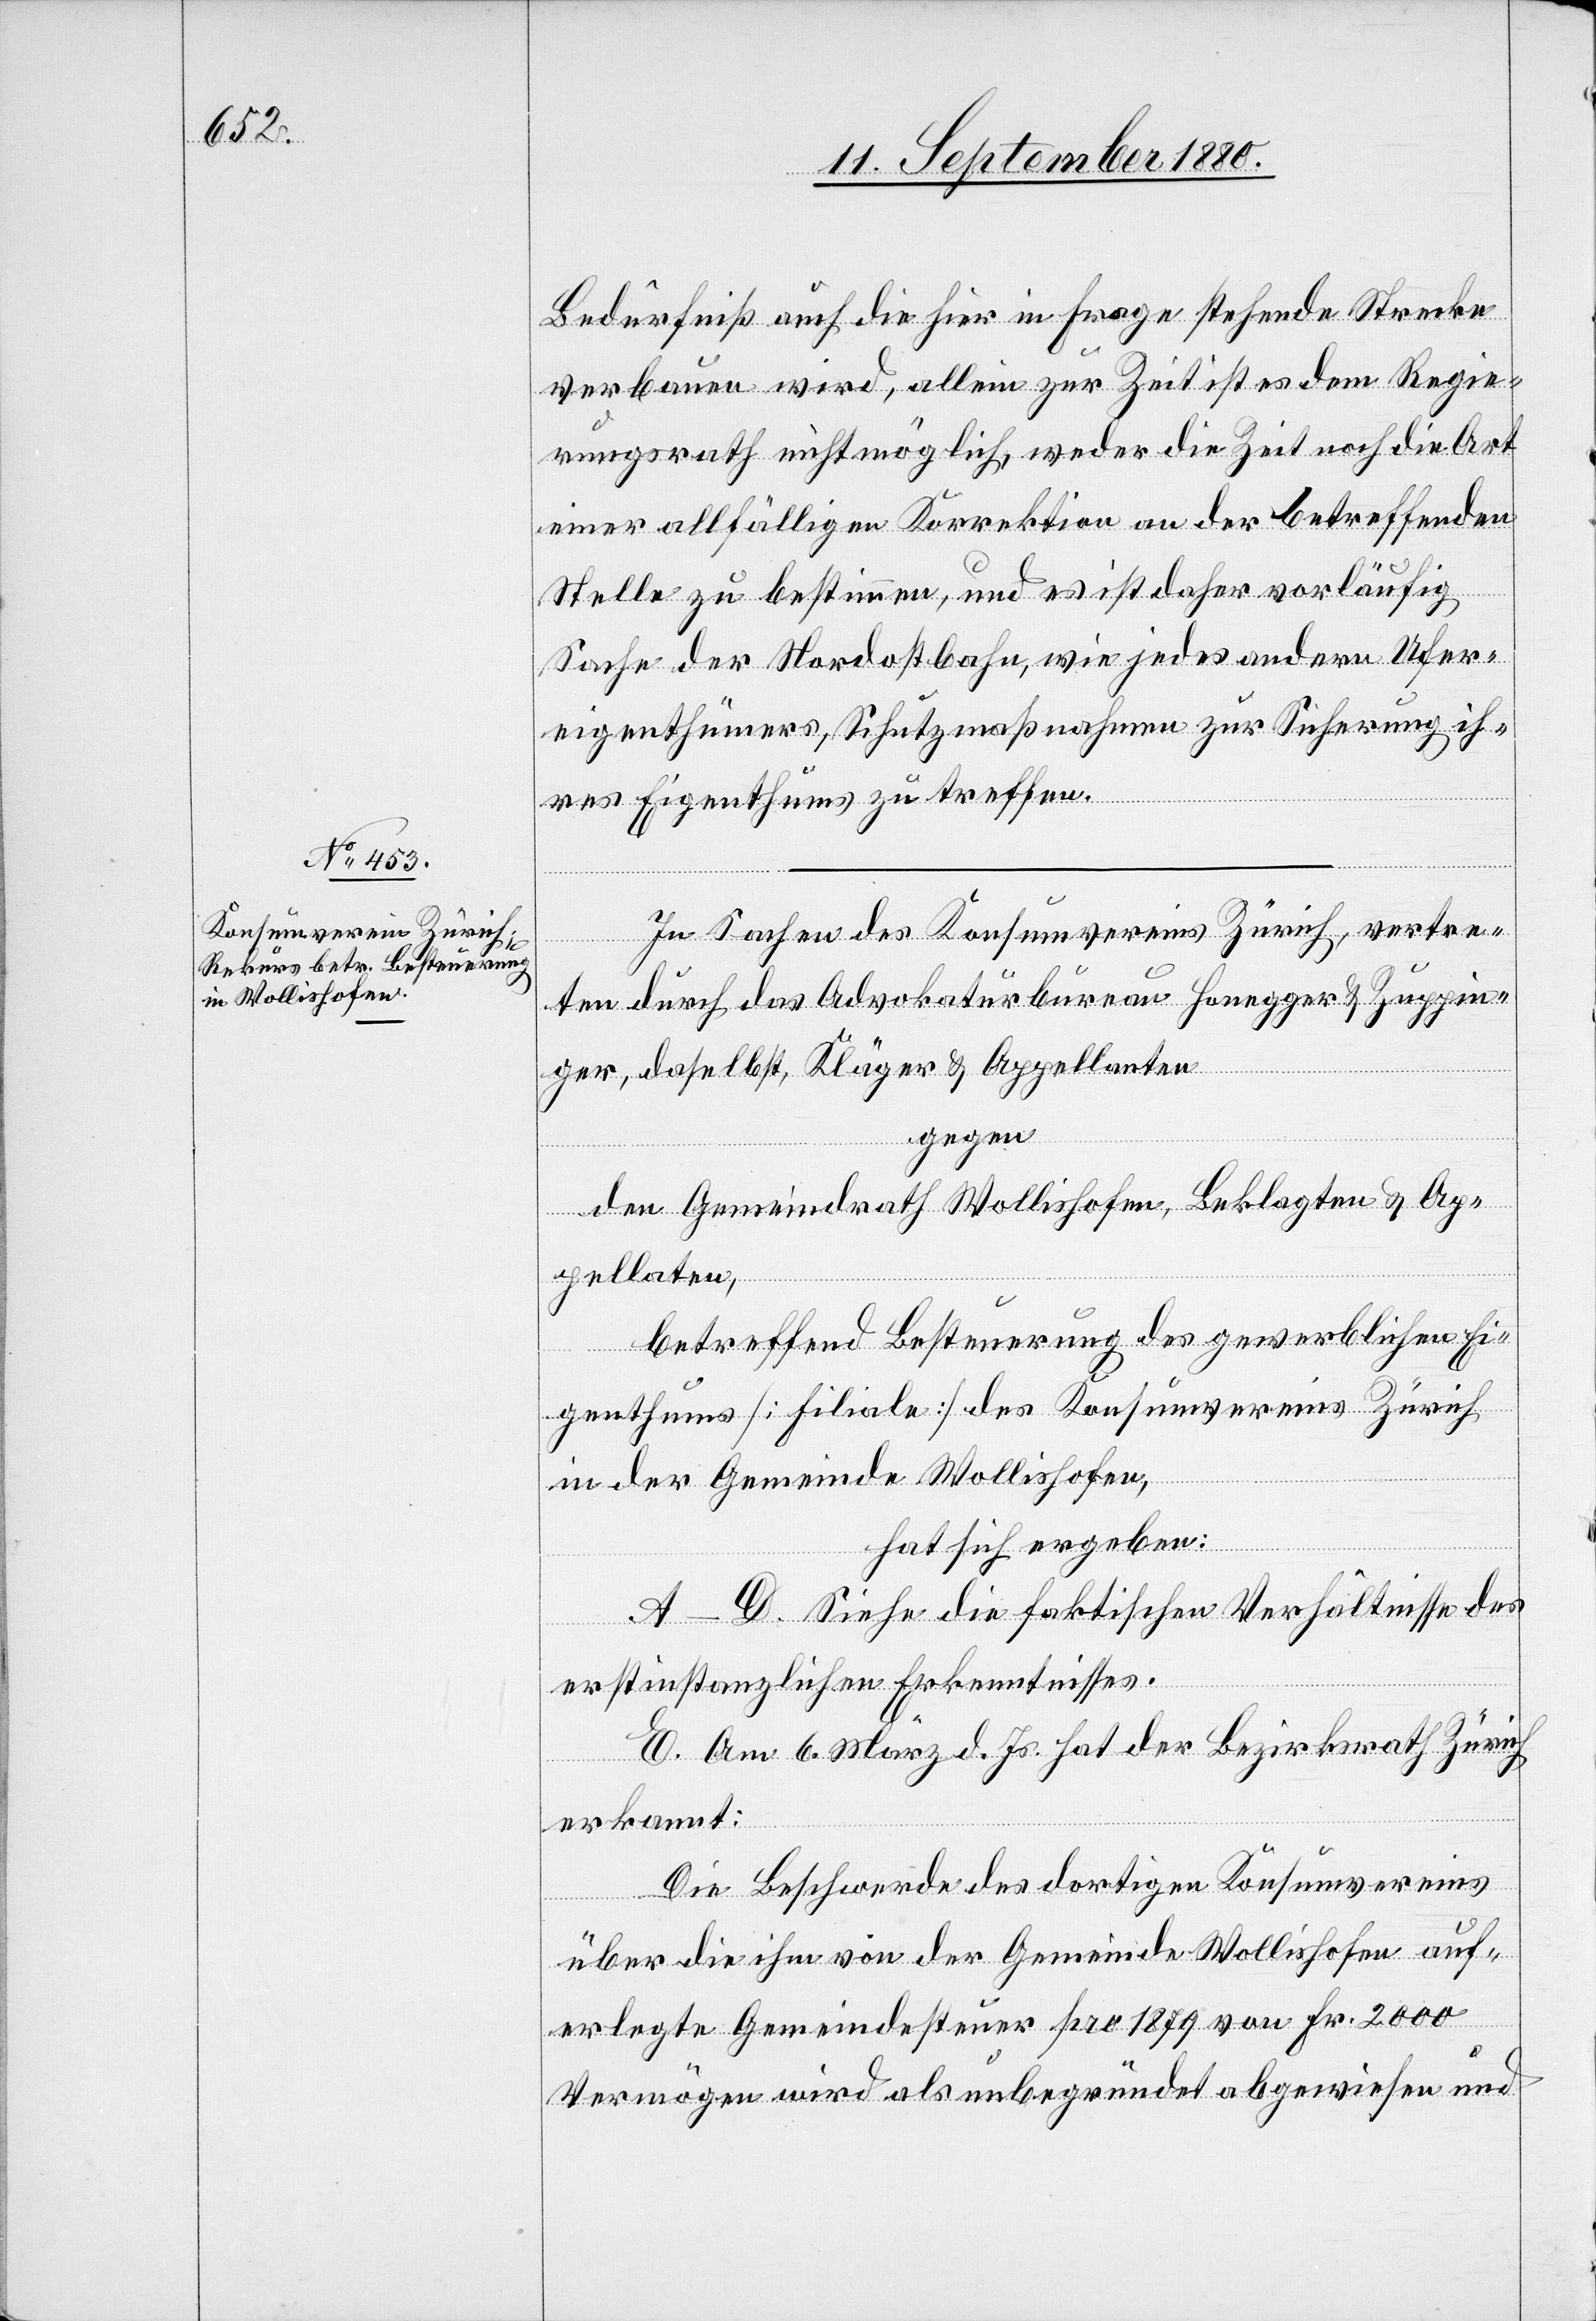
Bedürfniß auch die hier in Frage stehende Strecke
verbauen wird, allein zur Zeit ist es dem Regie¬
rungsrath nicht möglich, weder die Zeit noch die Art
einer allfälligen Korrektion an der betreffenden
Stelle zu bestimmen, und es ist daher vorläufig
Sache der Nordostbahn, wie jedes andern Ufer¬
eigenthümers, Schutzmaßnahmen zur Sicherung ih¬
res Eigenthums zu treffen.“
In Sachen des Konsumvereins Zürich, vertre¬
ten durch das Advokaturbureau Honegger & Zuppin¬
ger, daselbst, Kläger & Appellanten
gegen
den Gemeindrath Wollishofen, Beklagten & Ap¬
pellaten,
betreffend Besteuerung des gewerblichen Ei¬
genthums [Filiale] des Konsumvereins Zürich
in der Gemeinde Wollishofen,
hat sich ergeben:
A–D. Siehe die faktischen Verhältnisse des
erstinstanzlichen Erkenntnisses.
E. Am 6. März d. Js. hat der Bezirksrath Zürich
erkannt:
Die Beschwerde des dortigen Konsumvereins
über die ihm von der Gemeinde Wollishofen auf¬
erlegte Gemeindesteuer pro 1879 von Fr. 2000
Vermögen wird als unbegründet abgewiesen und